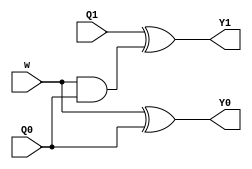
module circuit_nsl (w, Q1, Q0, Y1, Y0);
	input w, Q1, Q0;
	output Y1, Y0;
	
	assign Y1 = Q1 ^ (w & Q0);
	assign Y0 = w ^ Q0;
	
endmodule